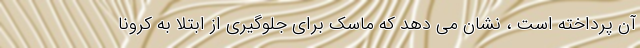
آن پرداخته است ، نشان می دهد که ماسک برای جلوگیری از ابتلا به کرونا